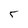
Character: 5